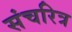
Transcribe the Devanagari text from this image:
संचरित्र